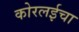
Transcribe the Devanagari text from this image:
कोरलईचा